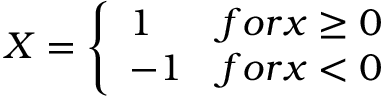
X = \left\{ \begin{array} { l l } { 1 } & { f o r x \ge 0 } \\ { - 1 } & { f o r x < 0 } \end{array} \right.